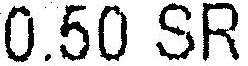
0.50 SR